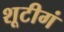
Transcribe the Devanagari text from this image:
शूटीगं